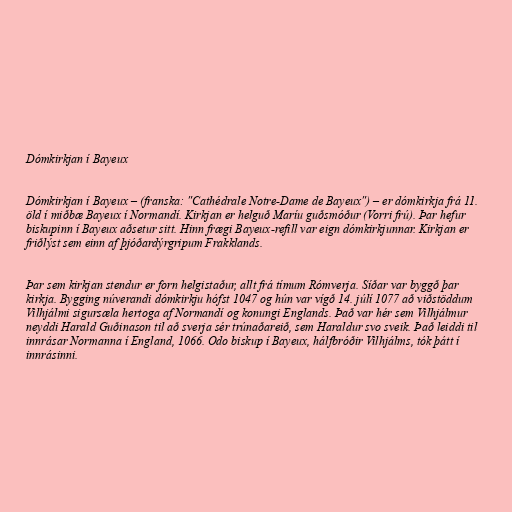
Dómkirkjan í Bayeux

Dómkirkjan í Bayeux – (franska: "Cathédrale Notre-Dame de Bayeux") – er dómkirkja frá 11.
öld í miðbæ Bayeux í Normandí. Kirkjan er helguð Maríu guðsmóður (Vorri frú). Þar hefur
biskupinn í Bayeux aðsetur sitt. Hinn frægi Bayeux-refill var eign dómkirkjunnar. Kirkjan er
friðlýst sem einn af þjóðardýrgripum Frakklands.

Þar sem kirkjan stendur er forn helgistaður, allt frá tímum Rómverja. Síðar var byggð þar
kirkja. Bygging núverandi dómkirkju hófst 1047 og hún var vígð 14. júlí 1077 að viðstöddum
Vilhjálmi sigursæla hertoga af Normandí og konungi Englands. Það var hér sem Vilhjálmur
neyddi Harald Guðinason til að sverja sér trúnaðareið, sem Haraldur svo sveik. Það leiddi til
innrásar Normanna í England, 1066. Odo biskup í Bayeux, hálfbróðir Vilhjálms, tók þátt í
innrásinni.